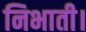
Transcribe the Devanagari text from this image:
निभाती।